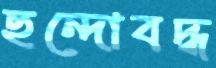
ছন্দোবদ্ধ